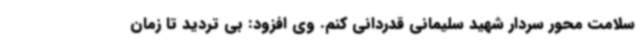
سلامت محور سردار شهید سلیمانی قدردانی کنم. وی افزود: بی تردید تا زمان